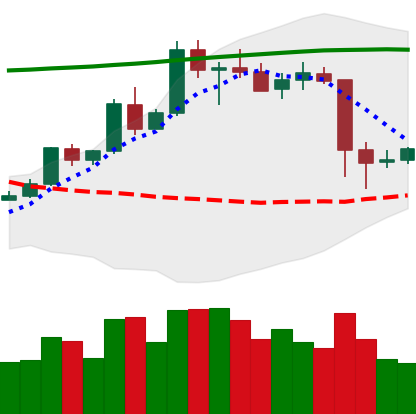
Ticker: ETC-USD
Chart end date: 2020-05-13
Forward return: 7.957%
Label: up_7plus